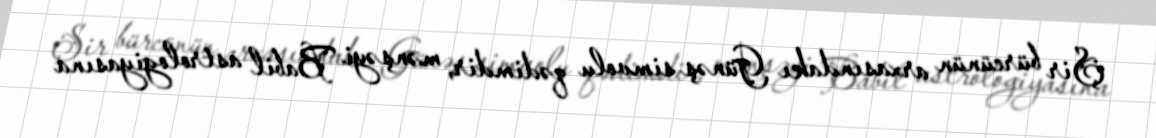
Şir bürcünün arxasındakı Günəş simvolu qədimdir, mənşəyi Babil astrologiyasına